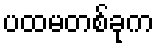
ပထမတစ်ခုက